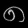
Digit: ၈